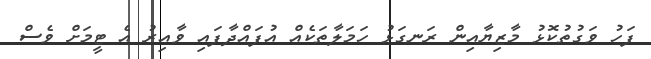
ފަހު ވަގުތުކޮޅު މާޒިޔާއިން ރަނގަޅު ހަމަލާތަކެއް އުފައްދާފައި ވާއިރު އެ ޓީމަށް ވެސް